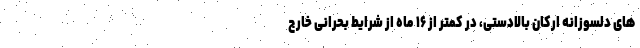
های دلسوزانه ارکان بالادستی، در کمتر از ۱۶ ماه از شرایط بحرانی خارج